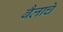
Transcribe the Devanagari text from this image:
बैलाचे